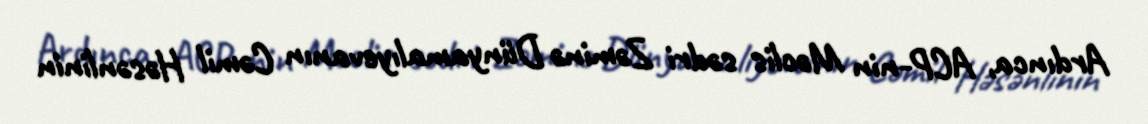
Ardınca, ACP-nin Məclis sədri Zəminə Dünyamalıyevanın Cəmil Həsənlinin